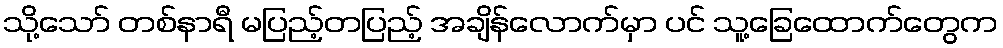
သို့သော် တစ်နာရီ မပြည့်တပြည့် အချိန်လောက်မှာ ပင် သူ့ခြေထောက်တွေက